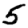
Digit: 5